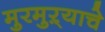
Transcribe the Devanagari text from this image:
मुरमुऱ्याचे